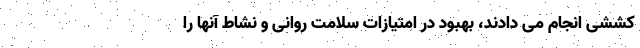
کششی انجام می دادند، بهبود در امتیازات سلامت روانی و نشاط آنها را